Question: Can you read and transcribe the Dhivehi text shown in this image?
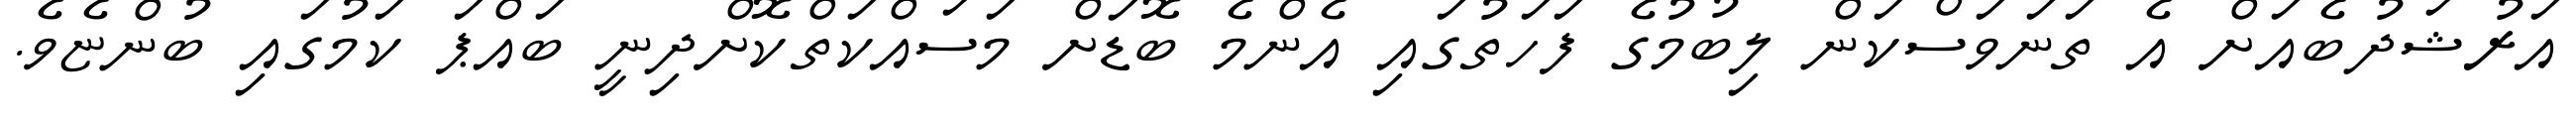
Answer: އަރުޝަދުބެއަށް އެ ތަނަވަސްކަން ލިބުމުގެ ފަހަތުގައި އެންމެ ބޮޑަށް މަސައްކަތްކޮށްދިނީ ބައްޕަ ކަމުގައި ބުންޏެވެ.